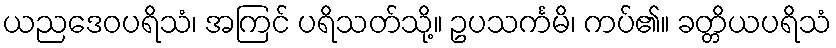
ယညဒေဝပရိသံ၊ အကြင် ပရိသတ်သို့။ ဥပသင်္ကမိ၊ ကပ်၏။ ခတ္တိယပရိသံ